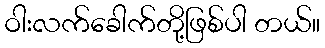
ဝါးလက်ခေါက်တို့ဖြစ်ပါ တယ်။